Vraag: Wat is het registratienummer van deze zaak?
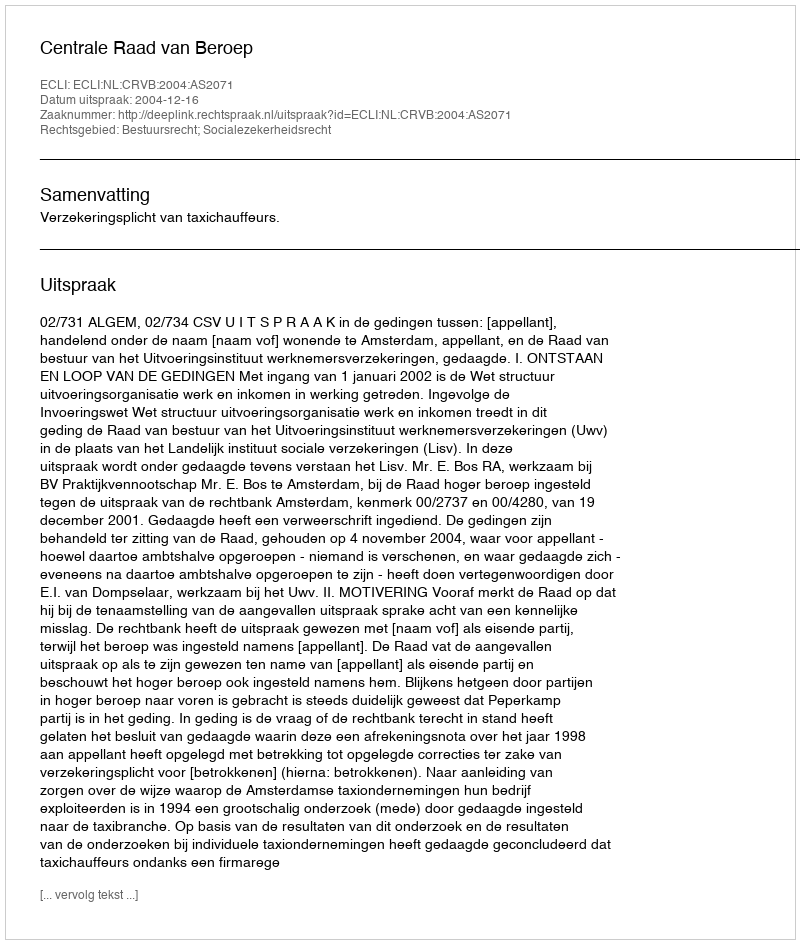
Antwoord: http://deeplink.rechtspraak.nl/uitspraak?id=ECLI:NL:CRVB:2004:AS2071